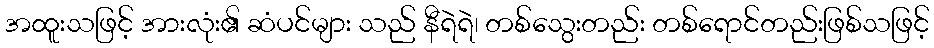
အထူးသဖြင့် အားလုံး၏ ဆံပင်များ သည် နီရဲရဲ၊ တစ်သွေးတည်း တစ်ရောင်တည်းဖြစ်သဖြင့်